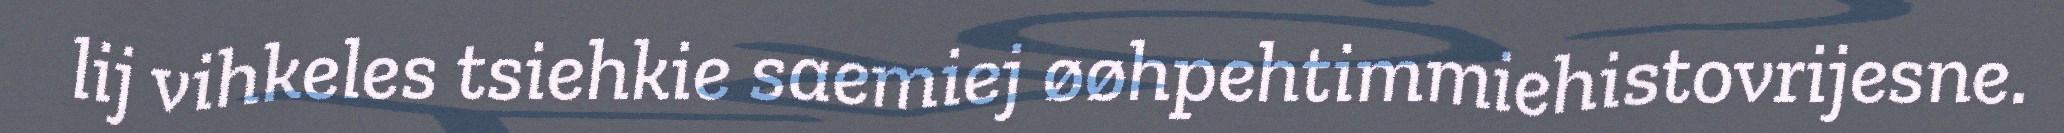
lij vihkeles tsiehkie saemiej øøhpehtimmiehistovrijesne.